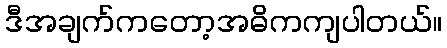
ဒီအချက်ကတော့အဓိကကျပါတယ်။